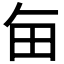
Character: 𤰗